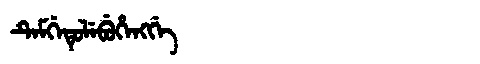
Manchu: ᡨᡝᠮᡤᡝᡨᡠᠯᡝᠪᡠᡥᡝᠩᡤᡝ
Romanization: TEMGETULEBUHENGGE